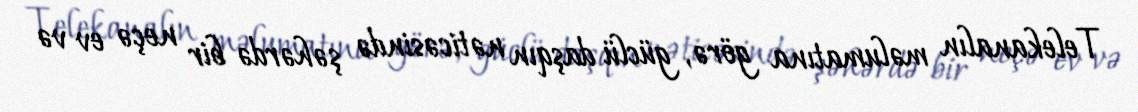
Telekanalın məlumatına görə, güclü daşqın nəticəsində şəhərdə bir neçə ev və